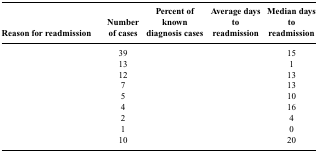
<table><thead><tr><td><b>Reason for readmission</b></td><td><b>Number of cases</b></td><td><b>Percent of known diagnosis cases</b></td><td><b>Average days to readmission</b></td><td><b>Median days to readmission</b></td></tr></thead><tbody><tr><td>[EMPTY_CELL]</td><td>39</td><td>[EMPTY_CELL]</td><td>[EMPTY_CELL]</td><td>15</td></tr><tr><td>[EMPTY_CELL]</td><td>13</td><td>[EMPTY_CELL]</td><td>[EMPTY_CELL]</td><td>1</td></tr><tr><td>[EMPTY_CELL]</td><td>12</td><td>[EMPTY_CELL]</td><td>[EMPTY_CELL]</td><td>13</td></tr><tr><td>[EMPTY_CELL]</td><td>7</td><td>[EMPTY_CELL]</td><td>[EMPTY_CELL]</td><td>13</td></tr><tr><td>[EMPTY_CELL]</td><td>5</td><td>[EMPTY_CELL]</td><td>[EMPTY_CELL]</td><td>10</td></tr><tr><td>[EMPTY_CELL]</td><td>4</td><td>[EMPTY_CELL]</td><td>[EMPTY_CELL]</td><td>16</td></tr><tr><td>[EMPTY_CELL]</td><td>2</td><td>[EMPTY_CELL]</td><td>[EMPTY_CELL]</td><td>4</td></tr><tr><td>[EMPTY_CELL]</td><td>1</td><td>[EMPTY_CELL]</td><td>[EMPTY_CELL]</td><td>0</td></tr><tr><td>[EMPTY_CELL]</td><td>10</td><td>[EMPTY_CELL]</td><td>[EMPTY_CELL]</td><td>20</td></tr></tbody></table>